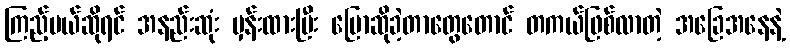
ကြည့်မယ်ဆိုရင် အနည်းဆုံး မှန်းထားပြီး ပြောဆိုခဲ့တာတွေတောင် တကယ်ဖြစ်လာတဲ့ အခြေအနေနဲ့